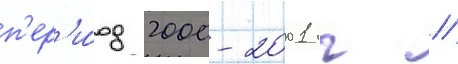
п'ер'и́од 2000-2001 гг //